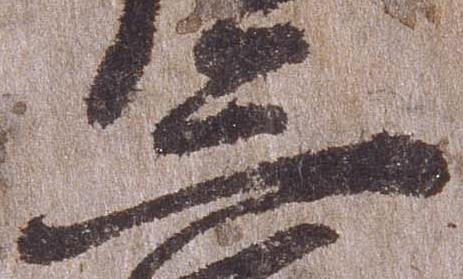
三